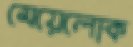
মেয়েলোক